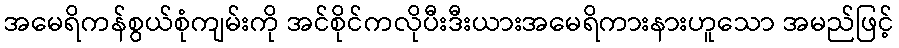
အမေရိကန်စွယ်စုံကျမ်းကို အင်စိုင်ကလိုပီးဒီးယားအမေရိကားနားဟူသော အမည်ဖြင့်